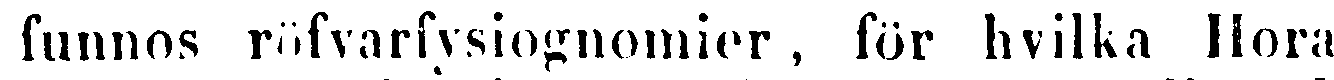
funnos röfvarfysiognomier , för hvilka Hora